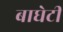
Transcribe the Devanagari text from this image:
बाघेटी